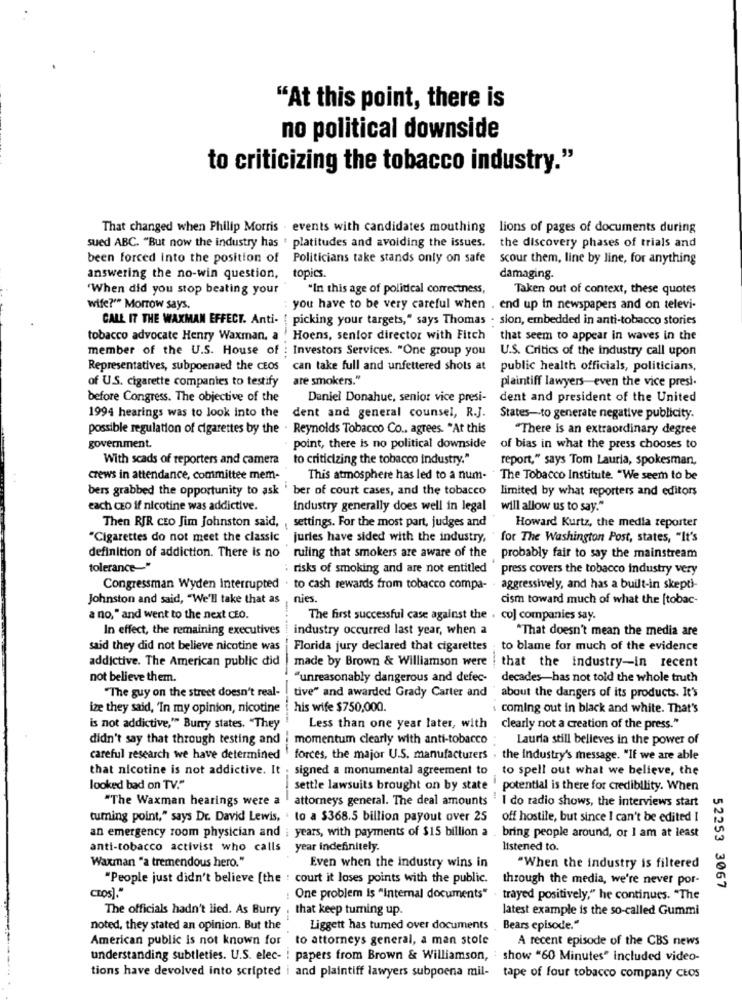
"At this point, there is
no political downside
to criticizing the tobacco industry."
That changed when Philip Morris . events with candidates mouthing lions of pages of documents during
sued ABC. "But now the industry has . platitudes and avoiding the issues. the discovery phases of trials and
been forced into the position of Politicians take stands only on safe
scour them, line by line, for anything
answering the no-win question, topics.
damaging.
'When did you stop beating your
"In this age of political correctness,
Taken out of context, these quotes
wife?"* Morrow says.
: you have to be very careful when . end up in newspapers and on televi-
CALL IT THE WAXMAN EFFECT. Anti- ( picking your targets," says Thomas - sion, embedded in anti-tobacco stories
tobacco advocate Henry Waxman, a ' Hoens, senior director with Fitch
that seem to appear in waves in the
member of the U.S. House of
Investors Services. "One group you
U.S. Critics of the industry call upon
Representatives, subpoenaed the CEOS
can take full and unfettered shots at
public health officials, politicians,
of U.S. cigarette companies to testify
are smokers."
plaintiff lawyers even the vice presi.
before Congress. The objective of the
Daniel Donahue, senior vice presi-
dent and president of the United
1994 hearings was to look into the dent and general counsel, R.J. States-to generate negative publicity.
possible regulation of cigarettes by the . Reynolds Tobacco Co ., agrees. "At this
"There is an extraordinary degree
government.
point, there is no political downside
of bias in what the press chooses to
With scads of reporters and camera
to criticizing the tobacco industry."
report," says Tom Lauria, spokesman,
crews in attendance, committee mem-
This atmosphere has led to a num-
The Tobacco Institute. "We seem to be
bers grabbed the opportunity to ask ' ber of court cases, and the tobacco
limited by what reporters and editors
each czo if nicotine was addictive.
industry generally does well in legal will allow us to say."
Then RJR cto Jim Johnston said, , settings. For the most part, judges and
Howard Kurtz, the media reporter
"Cigarettes do not meet the classic juries have sided with the industry,
for The Washington Post, states, "It's
definition of addiction. There is no ruling that smokers are aware of the probably fair to say the mainstream
tolerance-"
: risks of smoking and are not entitled
press covers the tobacco industry very
Congressman Wyden Interrupted . to cash rewards from tobacco compa-
aggressively, and has a built-in skepti-
Johnston and said, "We'll take that as
nies.
cism toward much of what the [tobac-
a no, " and went to the next CEO.
The first successful case against the . co] companies say.
In effect, the remaining executives
industry occurred last year, when a
"That doesn't mean the media are
said they did not believe nicotine was
Florida jury declared that cigarettes . to blame for much of the evidence
addictive. The American public did
made by Brown & Williamson were
that the industry-in recent
not believe them.
"unreasonably dangerous and defec-
decades-has not told the whole truth
"The guy on the street doesn't real-
tive" and awarded Grady Carter and
"about the dangers of its products. It's
ize they said, 'In my opinion, nicotine
his wife $750,000.
coming out in black and white. That's
is not addictive,"" Burry states. "They
Less than one year later, with
clearly not a creation of the press."
didn't say that through testing and | momentum clearly with anti-tobacco
Lauria still believes in the power of
careful research we have determined ' forces, the major U.S. manufacturers . the industry's message. "If we are able
that nicotine is not addictive. It . signed a monumental agreement to to spell out what we believe, the
looked bad on TV."
settle lawsuits brought on by state ' potential is there for credibility. When
"The Waxman hearings were a attorneys general. The deal amounts ' I do radio shows, the interviews start
turning point," says Dr. David Lewis, . to a $368.5 billion payout over 25
off hostile, but since I can't be edited I
an emergency room physician and ; years, with payments of $15 billion a . bring people around, or I am at least
anti-tobacco activist who calls year indefinitely.
listened to.
Waxman "a tremendous hero."
Even when the industry wins in
"When the industry is filtered
"People just didn't believe [the : court it loses points with the public.
through the media, we're never por-
CROS]."
52253 3067
: One problem is "internal documents" . trayed positively," he continues. "The
The officials hadn't lied. As Burry , that keep tuming up.
latest example is the so-called Gummi
noted, they stated an opinion. But the
Liggett has tumed over documents
Bears episode."
American public is not known for to attorneys general, a man stole
A recent episode of the CBS news
understanding subtleties. U.S. elec- ! papers from Brown & Williamson, : show "60 Minutes" Included video-
tions have devolved into scripted i and plaintiff lawyers subpoena mil-
tape of four tobacco company ctos